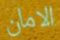
الامان